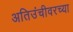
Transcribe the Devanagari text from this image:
अतिउंचीवरच्या